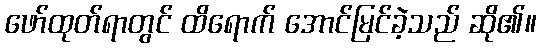
ဖော်ထုတ်ရာတွင် ထိရောက် အောင်မြင်ခဲ့သည် ဆို၏။